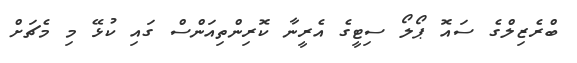
ބްރެޒިލްގެ ސައޮ ޕޯލޯ ސިޓީގެ އެރީނާ ކޮރިންތިއަންސް ގައި ކުޅޭ މި މެޗަށް